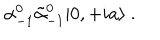
LaTeX: \alpha _ { - 1 } ^ { 0 } \tilde { \alpha } _ { - 1 } ^ { 0 } | 0 , + i a \rangle \ .